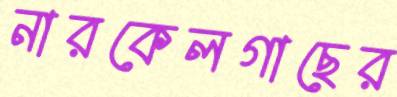
নারকেলগাছের